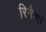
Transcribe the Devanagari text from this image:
रिनैशां